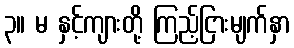
၃။ မ နှင့်ကျားတို့ ကြည့်ငြားမျက်နှာ